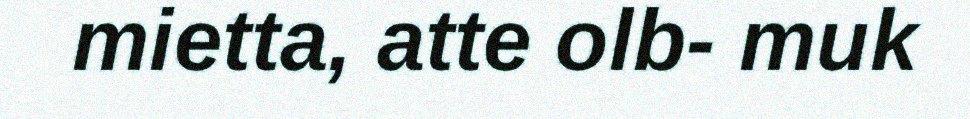
mietta, atte olb- muk